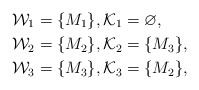
\begin{align*} & \mathcal{W}_1=\{M_1\}, \mathcal{K}_1=\varnothing,\\& \mathcal{W}_2=\{M_2\}, \mathcal{K}_2=\{M_3\},\\& \mathcal{W}_3=\{M_3\}, \mathcal{K}_3=\{M_2\},\end{align*}